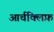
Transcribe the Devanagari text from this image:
आर्चक्लिफ़